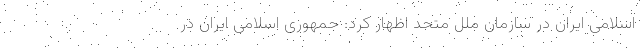
اسلامی ایران در سازمان ملل متحد اظهار کرد: جمهوری اسلامی ایران در